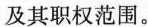
及其职权范围。